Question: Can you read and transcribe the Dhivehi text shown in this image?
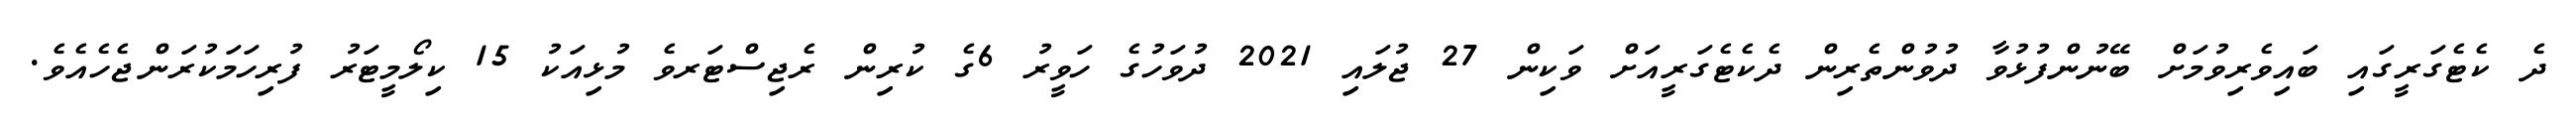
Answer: ދެ ކެޓެގަރީގައި ބައިވެރިވުމަށް ބޭނުންފުޅުވާ ދުވުންތެރިން ދެކެޓެގަރީއަށް ވަކިން 27 ޖުލައި 2021 ދުވަހުގެ ހަވީރު 6ގެ ކުރިން ރެޖިސްޓަރވެ މުޅިއަކު 15 ކިލޯމީޓަރު ފުރިހަމަކުރަންޖެހެއެވެ.